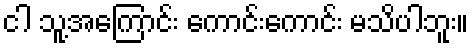
ငါ သူ့အကြောင်း ကောင်းကောင်း မသိပါဘူး။